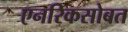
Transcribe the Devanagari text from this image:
एनरिकसोबत